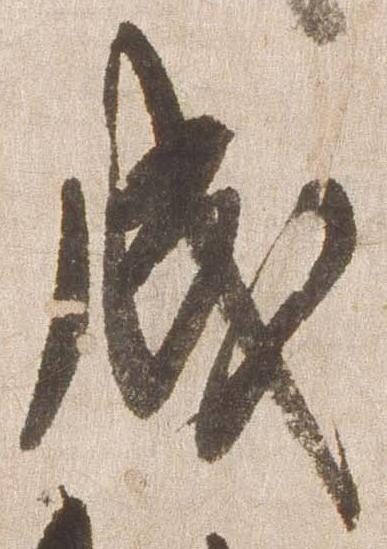
成